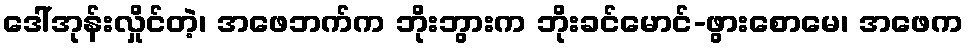
ဒေါ်အုန်းလှိုင်တဲ့၊ အဖေဘက်က ဘိုးဘွားက ဘိုးခင်မောင်-ဖွားစောမေ၊ အဖေက